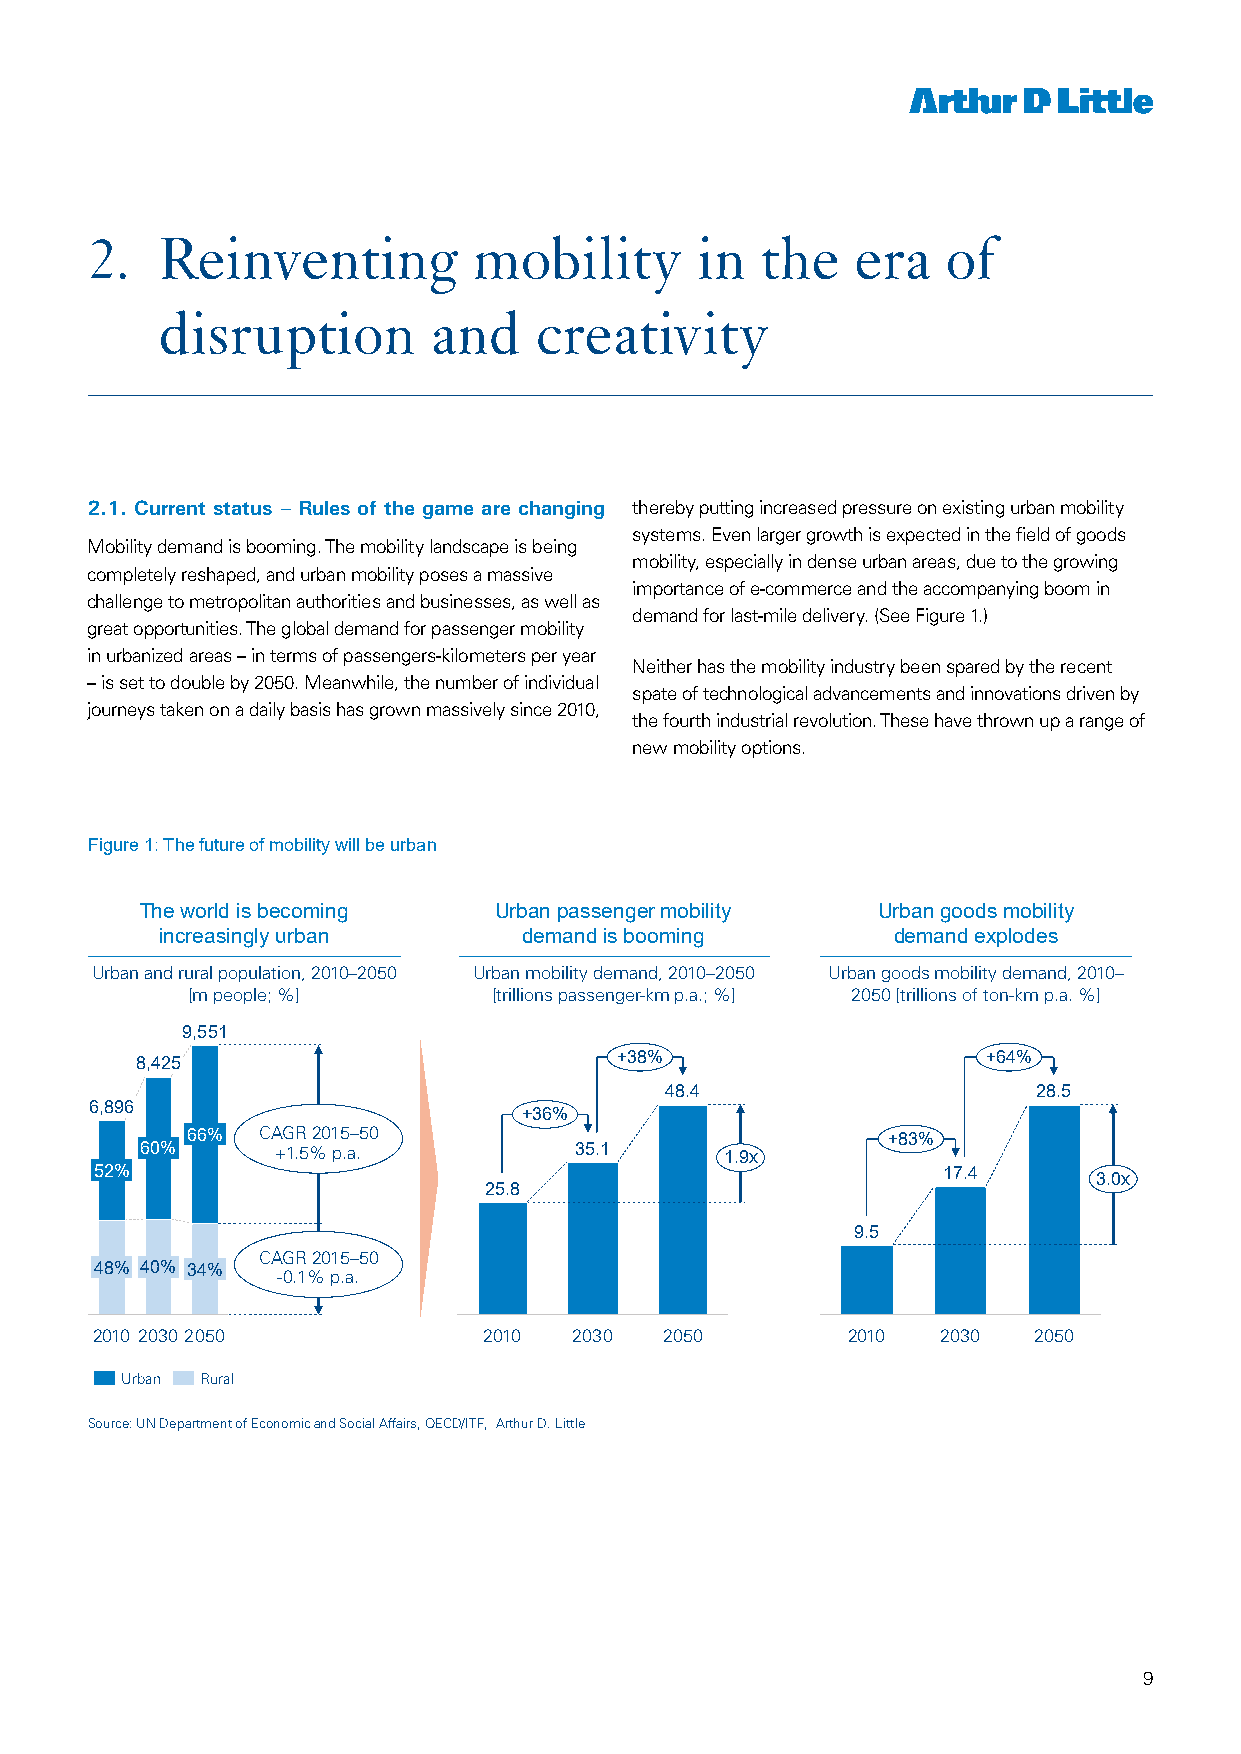
2.  Reinventing          mobility       in  the    era   of
 disruption        and    creativity
 2.1. Current status – Rules of the game are changing thereby putting increased pressure on existing urban mobility
 systems. Even larger growth is expected in the field of goods
 Mobility demand is booming. The mobility landscape is being
 mobility, especially in dense urban areas, due to the growing
 completely reshaped, and urban mobility poses a massive
 importance of e-commerce and the accompanying boom in
 challenge to metropolitan authorities and businesses, as well as
 demand for last-mile delivery. (See Figure 1.)
 great opportunities. The global demand for passenger mobility
 in urbanized areas – in terms of passengers-kilometers per year
 Neither has the mobility industry been spared by the recent
 – is set to double by 2050. Meanwhile, the number of individual
 spate of technological advancements and innovations driven by
 journeys taken on a daily basis has grown massively since 2010,
 the fourth industrial revolution. These have thrown up a range of
 new mobility options.
 Figure 1: The future of mobility will be urban
 The world is becoming   Urban passenger mobility Urban goods mobility
 increasingly urban      demand is booming       demand explodes
 Urban and rural population, 2010–2050 Urban mobility demand, 2010–2050 Urban goods mobility demand, 2010–
 [m people; %]        [trillions passenger-km p.a.; %] 2050 [trillions of ton-km p.a. %]
 9,551
 +38%                    +64%
 8,425
 48.4                     28.5
 6,896
 +36%
 66%  CAGR 2015–50                              +83%
 60%      +1.5% p.a.          35.1      1.9x
 52%                                                     17.4       3.0x
 25.8
 9.5
 CAGR 2015–50
 48% 40% 34%
 -0.1% p.a.
 2010 2030 2050            2010  2030  2050        2010  2030  2050
 Urban Rural
 Source: UN Department of Economic and Social Affairs, OECD/ITF, Arthur D. Little
 1
 9